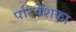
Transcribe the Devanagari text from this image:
परिवेशका